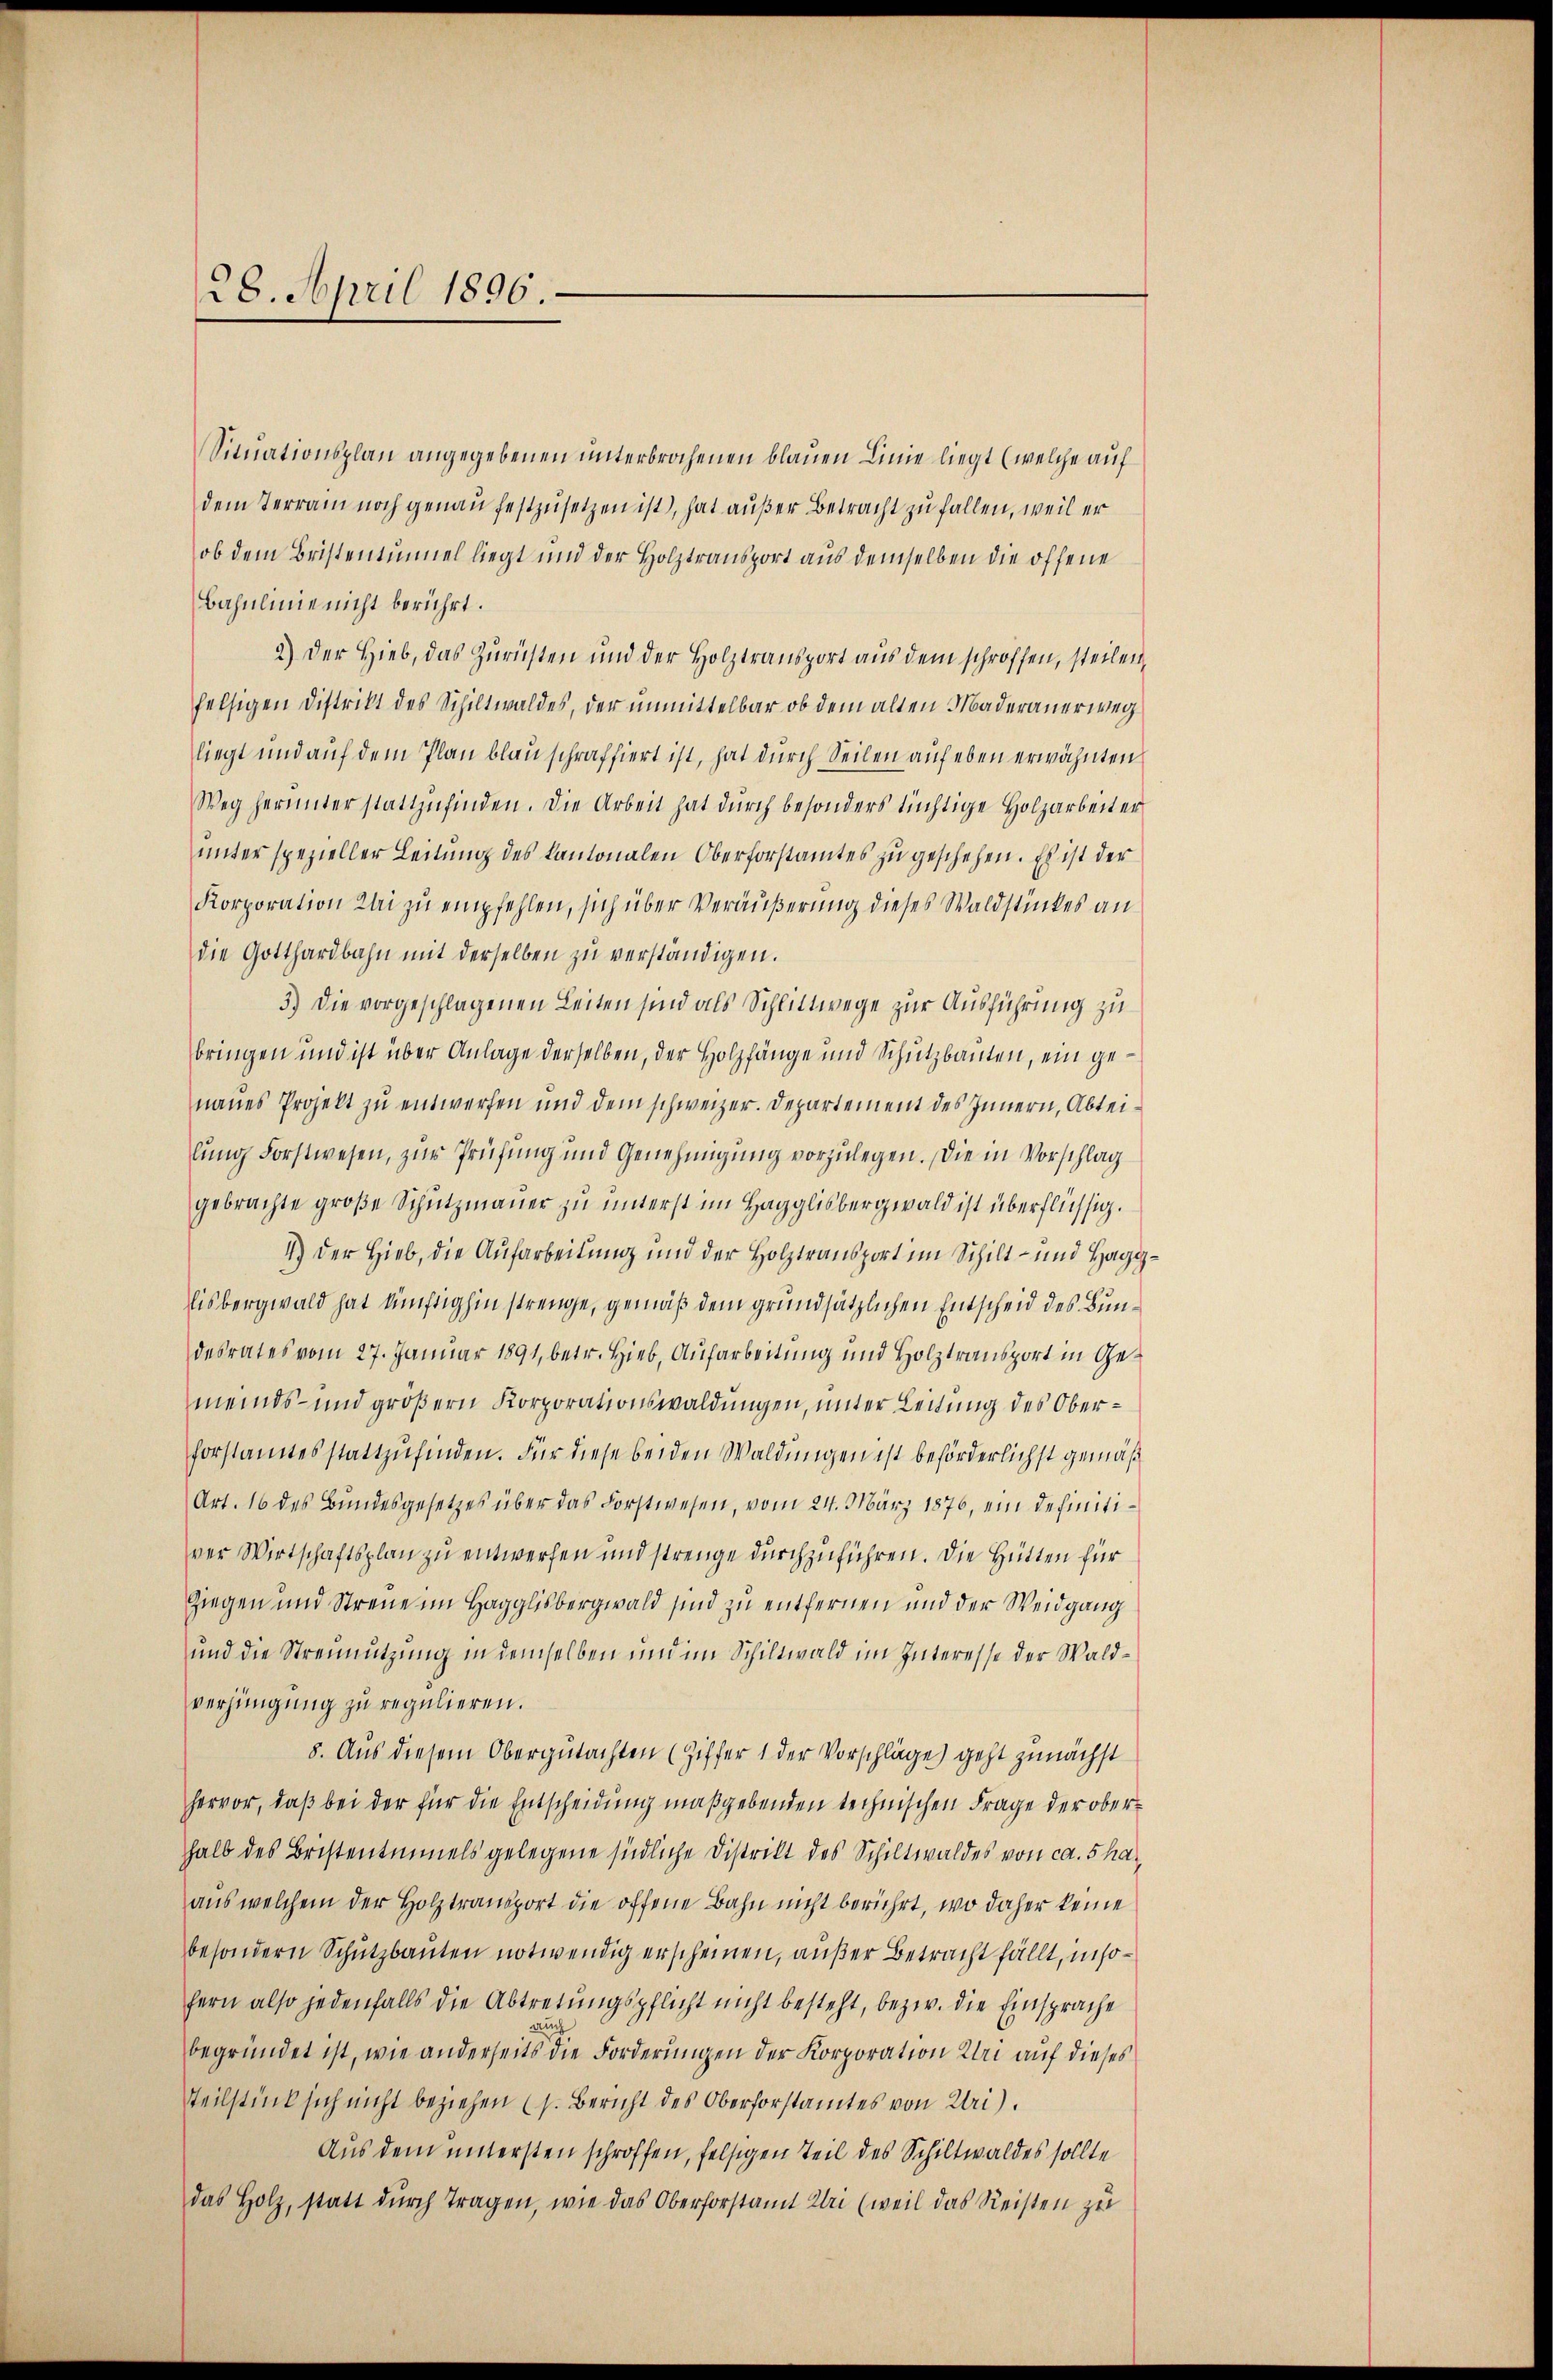
28. April 1896.

Situationsplan angegebenen unterbrochenen blauen Linie liegt (welche auf
dem Terrain noch genau festzusetzen ist, hat außer Betracht zu fallen, weil er
ob dem Bristentinuel liegt und der Holztransport aus demselben die offene
Bahnlinie nicht berührt.
2.) Der Hieb, das Zurichten und der Holztransport aus dem schroffen, steilen,
felsigen Distrikt des Schiltwaldes, der unmittelbar ob dem alten Maderauerweg
liegt und auf dem Plan blauschraffiert ist, hat durch Seilen auf eben erwähnten
Weg herunter stattzŭfinden. Die Arbeit hat durch besonders tüchtige Holzarbeiter
unter spezieller Leitung des kantonalen Oberforstamtes zu geschehen. Es ist der
Korporation Klei zu empfehlen, sich über Veräußerung dieses Waldstückes an
die Gotthardbahn mit derselben zu verständigen.
3.) Die vorgeschlagenen Leiten sind als Schlittwege zur Ausführung zu
bringen und ist über Anlage derselben, der Holzfänge und Schutzbauten, ein genaues Projekt zu entwerfen und dem schweizer. Departement des Innern, Abteilung Forstwesen, zur Prüfung und Genehmigung vorzulegen. Die in Vorschlag
gebrachte große Schutzmauer zu unterst im Hagglisbergwald ist überflüssig.
1.) Der Hieb, die Aufarbeitung und der Holztransport im Schilt- und Hagglisbergwald hat künftighin strenge, gemäß dem grundsätzlichen Entscheid des Bundesrates vom 27. Januar 1891, betr. Hieb, Aufarbeitung und Holztransport in Gemeinds- und größern Korporationswaldungen, unter Leitung des Oberforstamtes stattzufinden. Für diese beiden Waldungen ist beförderlichst gemäß
Art. 16 des Bundesgesetzes über das Forstwesen, vom 24. März 1876, ein definitiver Wirtschaftsplan zu entwerfen und strenge durchzuführen. Die Hütten für
Ziegen und Streue im Hagglisbergwald sind zu entfernen und der Weidgang
und die Strennutzung in demselben und im Schildwald im Interesse der Waldverjüngung zu regulieren.
8. Aus diesem Obergutachten (Ziffer 1 der Vorschläge geht zunächst
hervor, daß bei der für die Entscheidung maßgebenden technischen Frage der oberhalb des Bristentimels gelegene südliche Distrikt des Schiltwaldes von ca. 5 ha-
aus welchem der Holztransport die offene Bahn nicht berührt, wo daher keine
besondern Schutzbauten notwendig erscheinen, außer Betracht fällt, in sofern also jedenfalls die Abtretungspflicht nicht besteht, bezw. die Einsprache
d
begründet ist, wie anderseits die Forderungen der Korporation Uri auf dieses
Teilstück sich nicht beziehen (s. Bericht des Oberforstamtes von Uri),
Aus dem untersten schroffen, felsigen Teil des Schiltwaldes sollte
das Holz, statt dŭrch Tragen, wie das Oberforstamt Uri (weil das Reisten zu